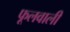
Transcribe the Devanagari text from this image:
फूलवाली